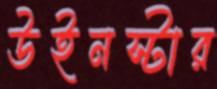
উইনস্টার